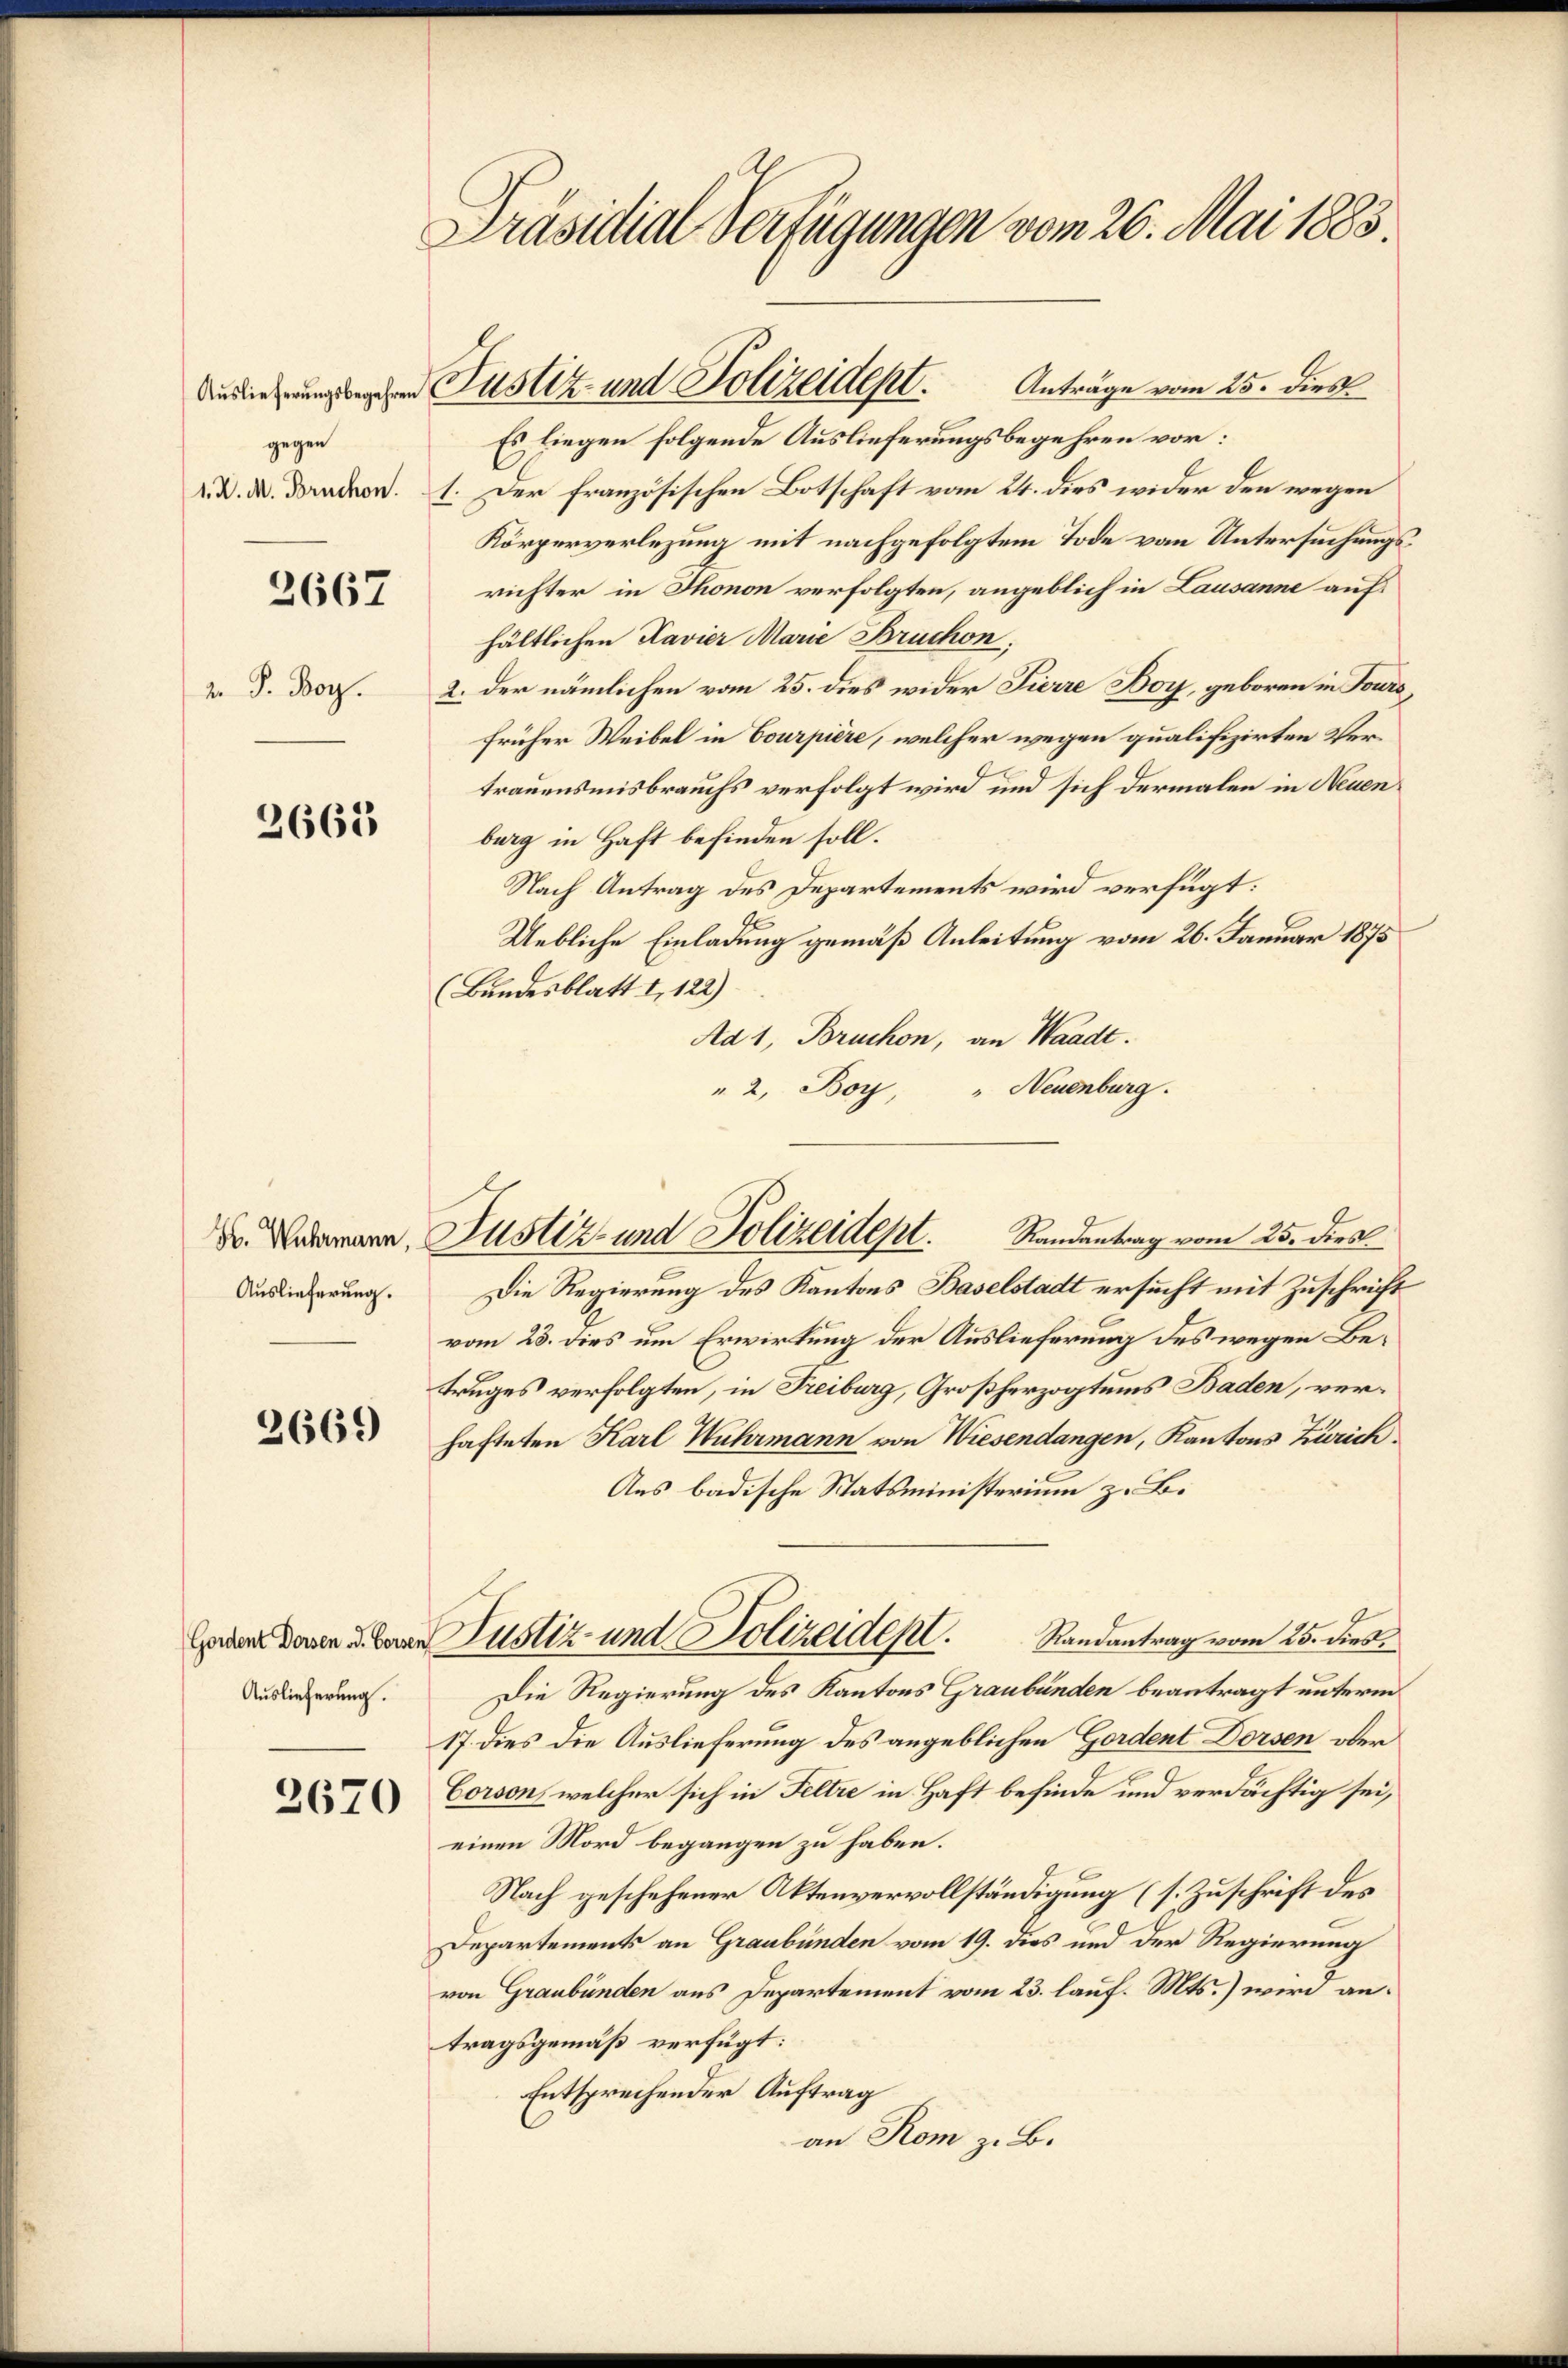
2667

2663

2669

gegen

2. P. Bor.

H. Wuhrmann,
Auslieferung.

Gordent Dorsen od. Forsen
Auslieferung.

)
670

Präsidial-Verfügungen vom 26. Mai 1883

Es liegen folgende Auslieferungsbegehren vor:
. D. M. Brucken. 1. Der französischen Botschaft vom 24. dies wider den wegen
Körperverlegung mit nachgefolgtem Tode von Untersuchungsrichter in Thonon verfolgten, angeblich in Lausanne aufs
hältlichen Kavier Marie Bruchon,
2. der nämlichen vom 25. dies wider Fierre Boy, geboren in Fours,
früher Weibel in Courpière, welcher wegen qualifizirten Vertrauensmisbrauchs verfolgt wird und sich dermalen in Neuenburg in Haft befinden soll.
Nach Antrag des Departements wird verfügt:
Uebliche Einladung gemäß Anleitung vom 26. Januar 1875
(Bundesblatt I 122)
Ad 1, Bruchon, an Waadt.
" 2, Boy,
" Neuenburg.

Justiz und Polizeident. Anträge vom 25. dies

Justiz- und Polizeidept. Randantrag vom 25. dies

Nustiz- und Polizeidept.

Die Regierung des Kantons Baselstadt ersucht mit Zuschrift
vom 23. dies um Erwirkung der Auslieferung des wegen Betruges verfolgten, in Freiburg, Großherzogtums Baden, verhafteten Karl Wuhrmann von Wiesendangen, Kantons Zürich
Aus badische Statsministerium z. B.
Randantrag vom 25. dies
Die Regierung des Kantons Graubünden beantragt unterm
17. dies die Auslieferung des angeblichen Gordent Dorsen oder
Corson, welcher sich in Feltre in Haft befinde und verdächtig sei,
einen Mord begangen zu haben.
e
Nach geschehener Aktenvervollständigung (s. Zuschrift des
Departements an Graubünden vom 19. dies und der Regierung
von Graubünden aus Departement vom 23. lauf. Mts.) wird antragsgemäß verfügt:
Entsprechender Auftrag
an Rom z. B.